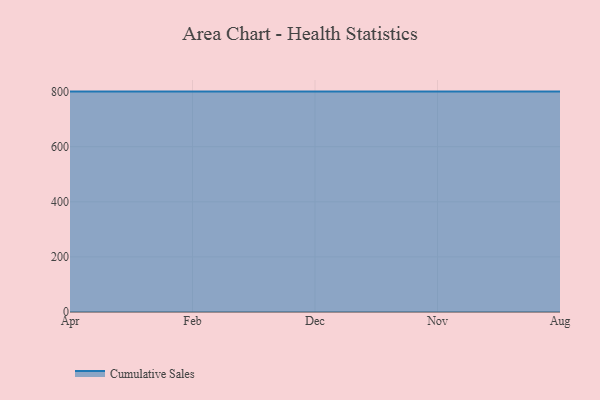
{"axis": {"x": "Month", "y": "Latency (ms)"}, "legend": ["Cumulative Sales"], "data": [{"x": "Apr", "y": 800, "type": "Cumulative Sales"}, {"x": "Feb", "y": 800, "type": "Cumulative Sales"}, {"x": "Dec", "y": 800, "type": "Cumulative Sales"}, {"x": "Nov", "y": 800, "type": "Cumulative Sales"}, {"x": "Aug", "y": 800, "type": "Cumulative Sales"}]}